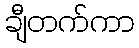
ချီတက်ကာ